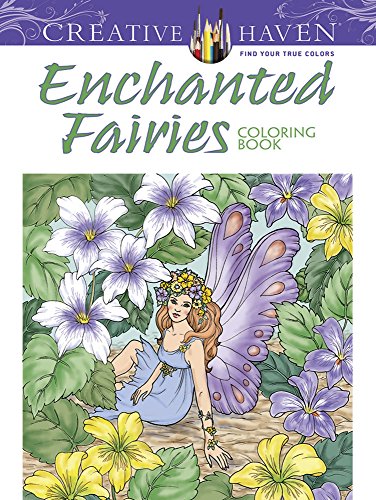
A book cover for Creative Haven Enchanted Fairies Coloring Book (Creative Haven Coloring Books); Barbara Lanza; Science Fiction & Fantasy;